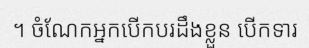
។ ចំណែកអ្នកបើកបរដឹងខ្លួន បើកទារ